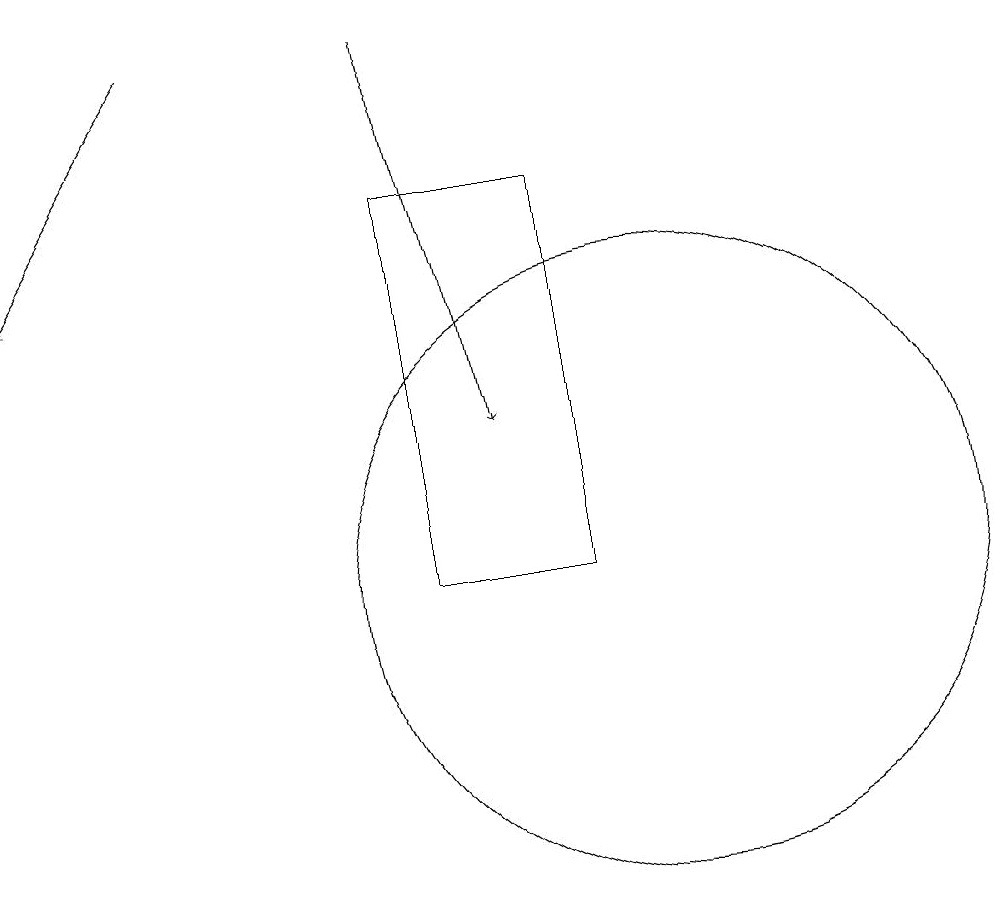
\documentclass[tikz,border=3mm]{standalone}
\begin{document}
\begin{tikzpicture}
\draw (10,11) circle (4);
\draw[->] (4,18) -- (2,15);
\draw[->] (7,18) -- (8,13);
\draw (7,11) rectangle (9,16);
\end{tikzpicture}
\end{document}